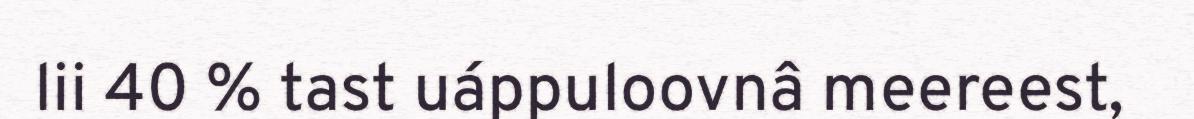
lii 40 % tast uáppuloovnâ meereest,